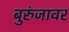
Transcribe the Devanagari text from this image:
बुरुंजावर